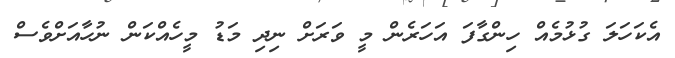
އެކަހަލަ ގުޅުމެއް ހިންގާފަ އަހަރެން މީ ވަރަށް ނިދި މަޑު މީހެއްކަން ނުހާއަށްވެސް